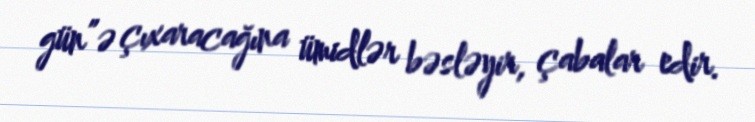
gün”ə çıxaracağına ümidlər bəsləyir, çabalar edir.